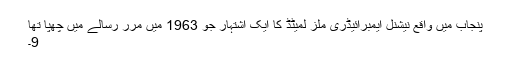
پنجاب میں واقع نیشنل ایمبرائیڈری ملز لمیٹڈ کا ایک اشتہار جو 1963 میں مرر رسالے میں چھپا تھا
9۔